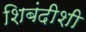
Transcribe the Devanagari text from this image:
शिबंदीशी